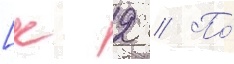
[к 2 // По́